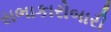
સભાકારોબારી